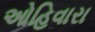
ઓહિવારા